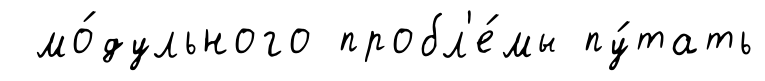
мо́дульного пробл'е́мы пу́тать